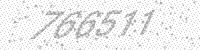
Solution: 766511